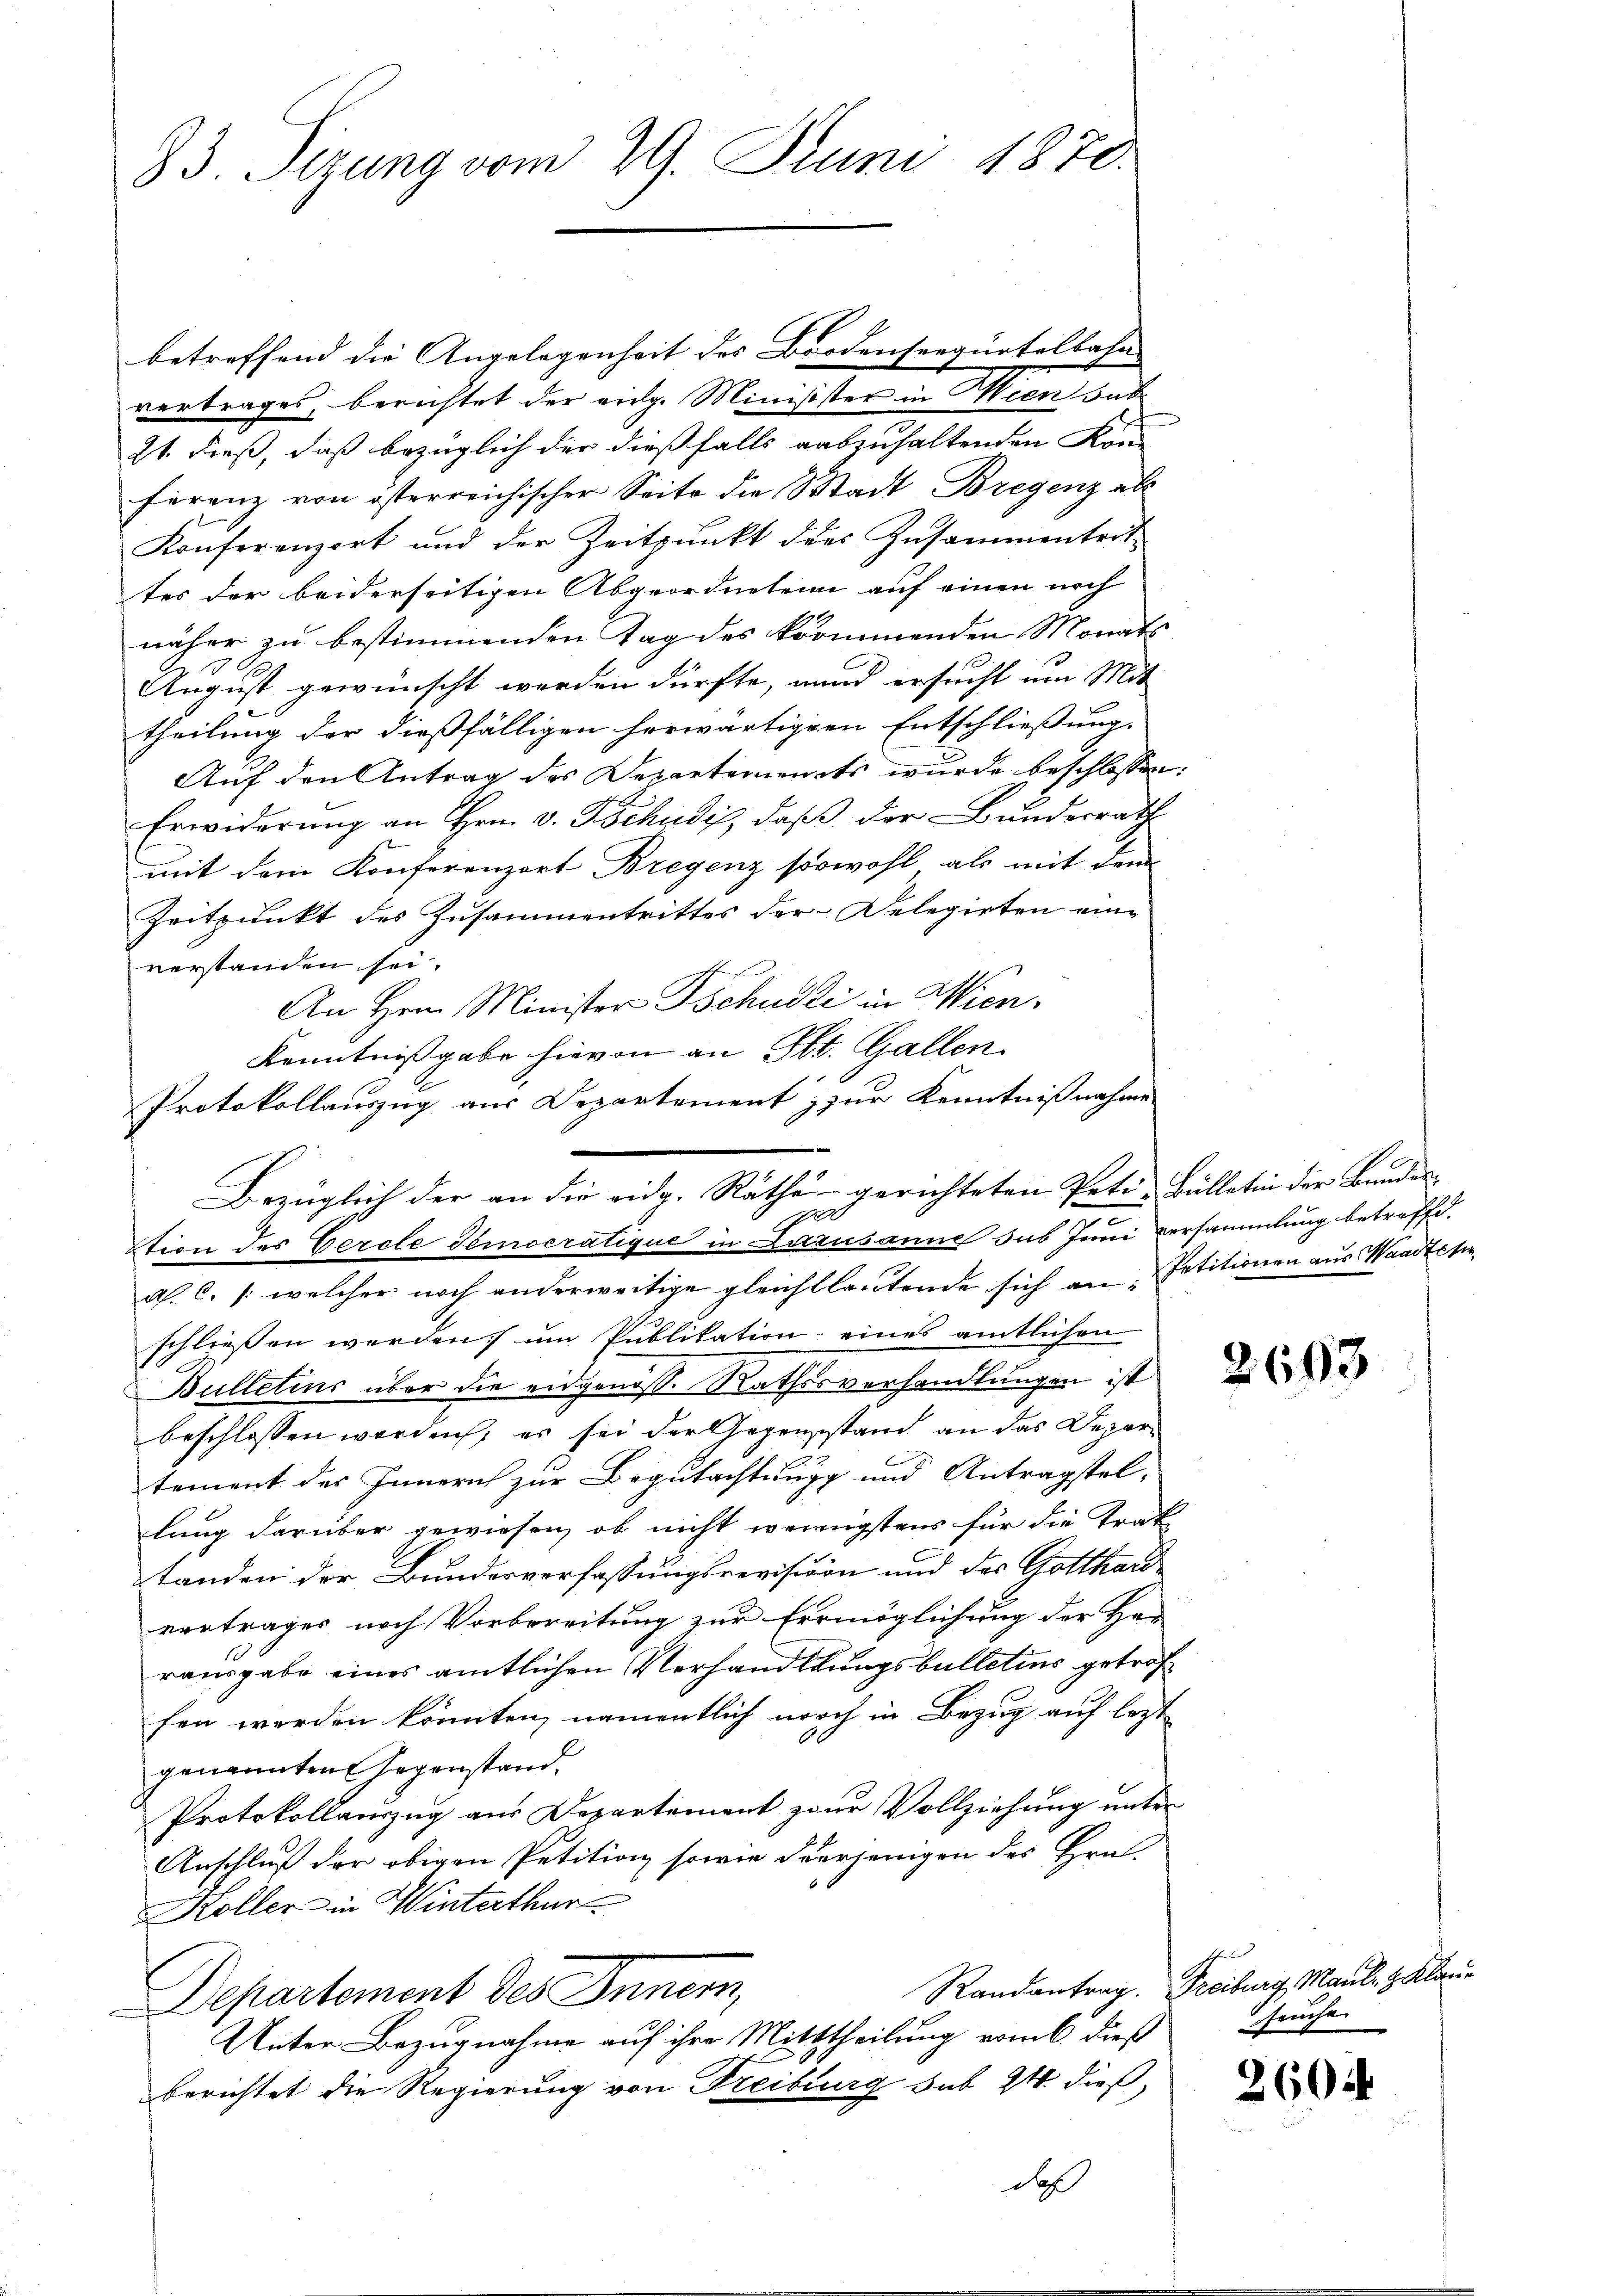
83. Sizung vom 29. Juni 1870.

betreffend die Angelegenheit des Brodenseequatelbahn- |
vertrages, berichtet der eidg. Minisister in Wien sub
21. dieß, daß bezüglich der dießfalls auszuhaltenden Kon-
ferenz von österreichischer Seite die Stadt Bregenz als
Konferenzort und der Zeitpunkt des Zusammentert
tes der beiderseitigen Abgeordneten auf einen noch
näher zu bestimmenden Tag des kommenden Monats
August gewünscht werden dürfte, und ersucht um Mit
theilung der dießfälligen herwärtigen Entschließungs
Auf den Antrag des Departements wurde beschlossen:
Erwiderung an Hrn. v. Tschudis, daß der Bunderrath
mit dem Konferenzort Bregenz sowohl als mit dem
Zeitpunkt des Zusammentrittes der Delegirten eine
verstanden sei.
An Hern Minister Tschudi in Wien,
Kenntnißgabe hievon an St. Gallen
Protokollauszug aus Departement & zur Kenntnißnahme
al. C. /: welcher noch anderweitige gleichtlautende sich an Petitionen aus Waadtete
schließen werden, um Publikation eines amtlichen
Bulletins über die eingenosse Rathesverhandlungen ist
beschlossen werden, es sei der Gegensstand an das Departement des Innern zur Begutachtungg und Antragstellung darüber gewiesen, ob nicht wenigstens für die Trak
tanden der Bundesverfassungsrevision und des Gotthard-
vortrages nach Vorbereitung zur Errmöglichung der Har
rausgabe eines amtlichen Verhandlungsbulletins getroffen werden könnten, namentlich noch in Bezug auf lezt
genannten Gegenstand,
Protokollauszug aus Departement zur Vollziehung unter
Anschluß der obigen Petition sowie derjenigen des Hrn.
Koller in Winterthur
Randantrag. Freiburg, Maul- & Klaue
Departement des Innern,
Unter Bezugnahme auf ihre Mitttheilung vom 6. dieß
berichtet die Regierung von Freiburg sub 24 dieß,
daß

d
Bezüglich der an die eidg. Räthe gerichteten Peten Bülletin der Bundesg
tion des Bercle Temocratique in Lazusanne sus Jenni versammlung betreffe.

seuche

2604